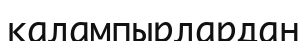
қалампырлардан